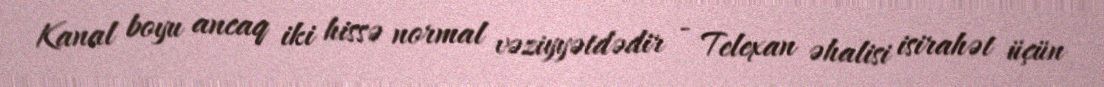
Kanal boyu ancaq iki hissə normal vəziyyətdədir - Telexan əhalisi isirahət üçün